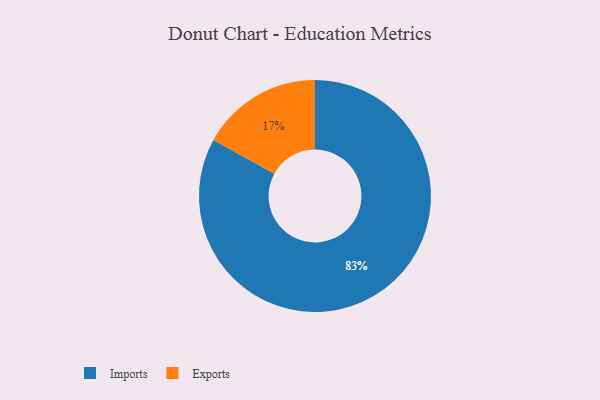
{"axis": {"x": "Category", "y": "Percentage"}, "legend": ["Exports", "Imports"], "data": [{"x": "Exports", "y": 17, "type": "Exports"}, {"x": "Imports", "y": 83, "type": "Imports"}]}